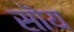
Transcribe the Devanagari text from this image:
सॊय